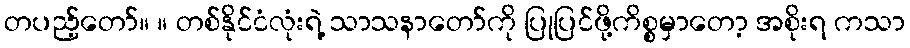
တပည့်တော်။ ။ တစ်နိုင်ငံလုံးရဲ့ သာသနာတော်ကို ပြုပြင်ဖို့ကိစ္စမှာတော့ အစိုးရ ကသာ